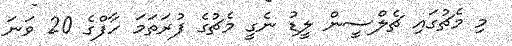
މި މެޗުގައި ޗެލްސީން ލީޑު ނެގީ މެޗުގެ ފުރަތަމަ ހާފްގެ 20 ވަނަ